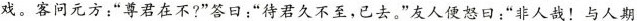
戏。客问元方：“尊君在不？”答日：“待君久不至，已去。”友人便怒日：”非人哉！与人期